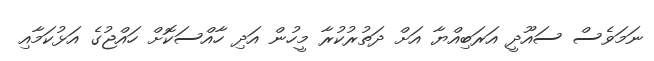
ނަމަވެސް ސައޫދީ އަރަބިއްޔާ އަށް ދަތުރުކުރާ މީހުން އަދި ހާއްސަކޮށް ހައްޖުގެ އަޅުކަމާއި